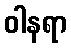
ဝါနရာ